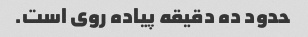
حدود ده دقیقه پیاده روی است.